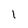
Character: 1